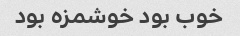
خوب بود خوشمزه بود